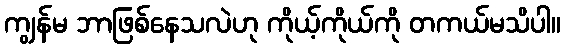
ကျွန်မ ဘာဖြစ်နေသလဲဟု ကိုယ့်ကိုယ်ကို တကယ်မသိပါ။